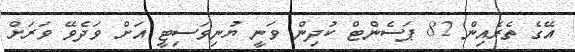
އޭގެ ތެރެއިން 82 ޕަސެންޓް ކުދިން ވަނީ ޔުނިވަސިޓީ އަށް ވަދެވޭ ވަރަށް